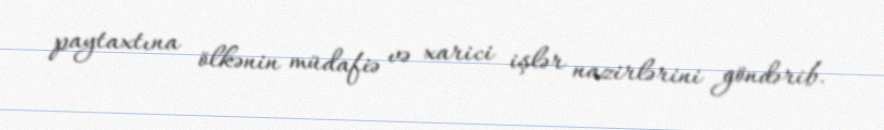
paytaxtına ölkənin müdafiə və xarici işlər nazirlərini göndərib.